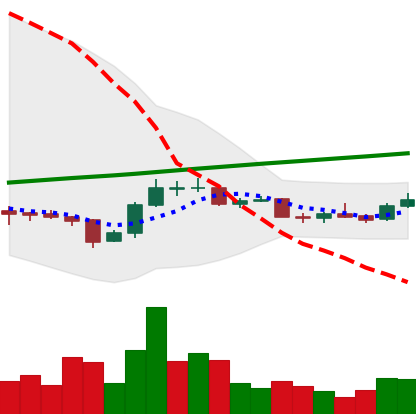
Ticker: LTC-USD
Chart end date: 2015-09-18
Forward return: -3.091%
Label: down_3_5